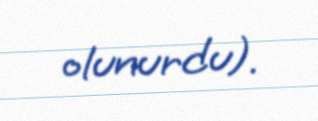
olunurdu).